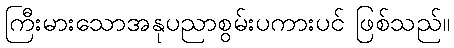
ကြီးမားသောအနုပညာစွမ်းပကားပင် ဖြစ်သည်။